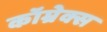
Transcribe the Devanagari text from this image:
कॉम्रेक्स